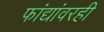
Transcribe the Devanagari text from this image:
फांद्यांवरही